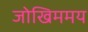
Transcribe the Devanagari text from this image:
जोखिममय